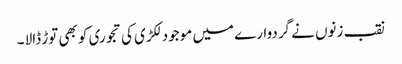
نقب زنوں نے گردوارے میں موجود لکڑی کی تجوری کو بھی توڑ ڈالا ۔